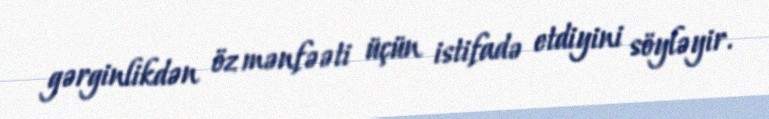
gərginlikdən öz mənfəəti üçün istifadə etdiyini söyləyir.